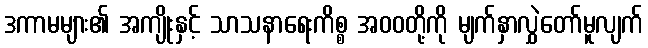
ဒကာမများ၏ အကျိုးနှင့် သာသနာရေးကိစ္စ အဝဝတို့ကို မျက်နှာလွှဲတော်မူလျက်